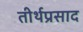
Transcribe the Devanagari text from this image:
तीर्थप्रसाद